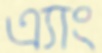
এ্যাং